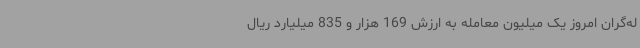
له‌گران امروز یک میلیون معامله به ارزش 169 هزار و 835 میلیارد ریال